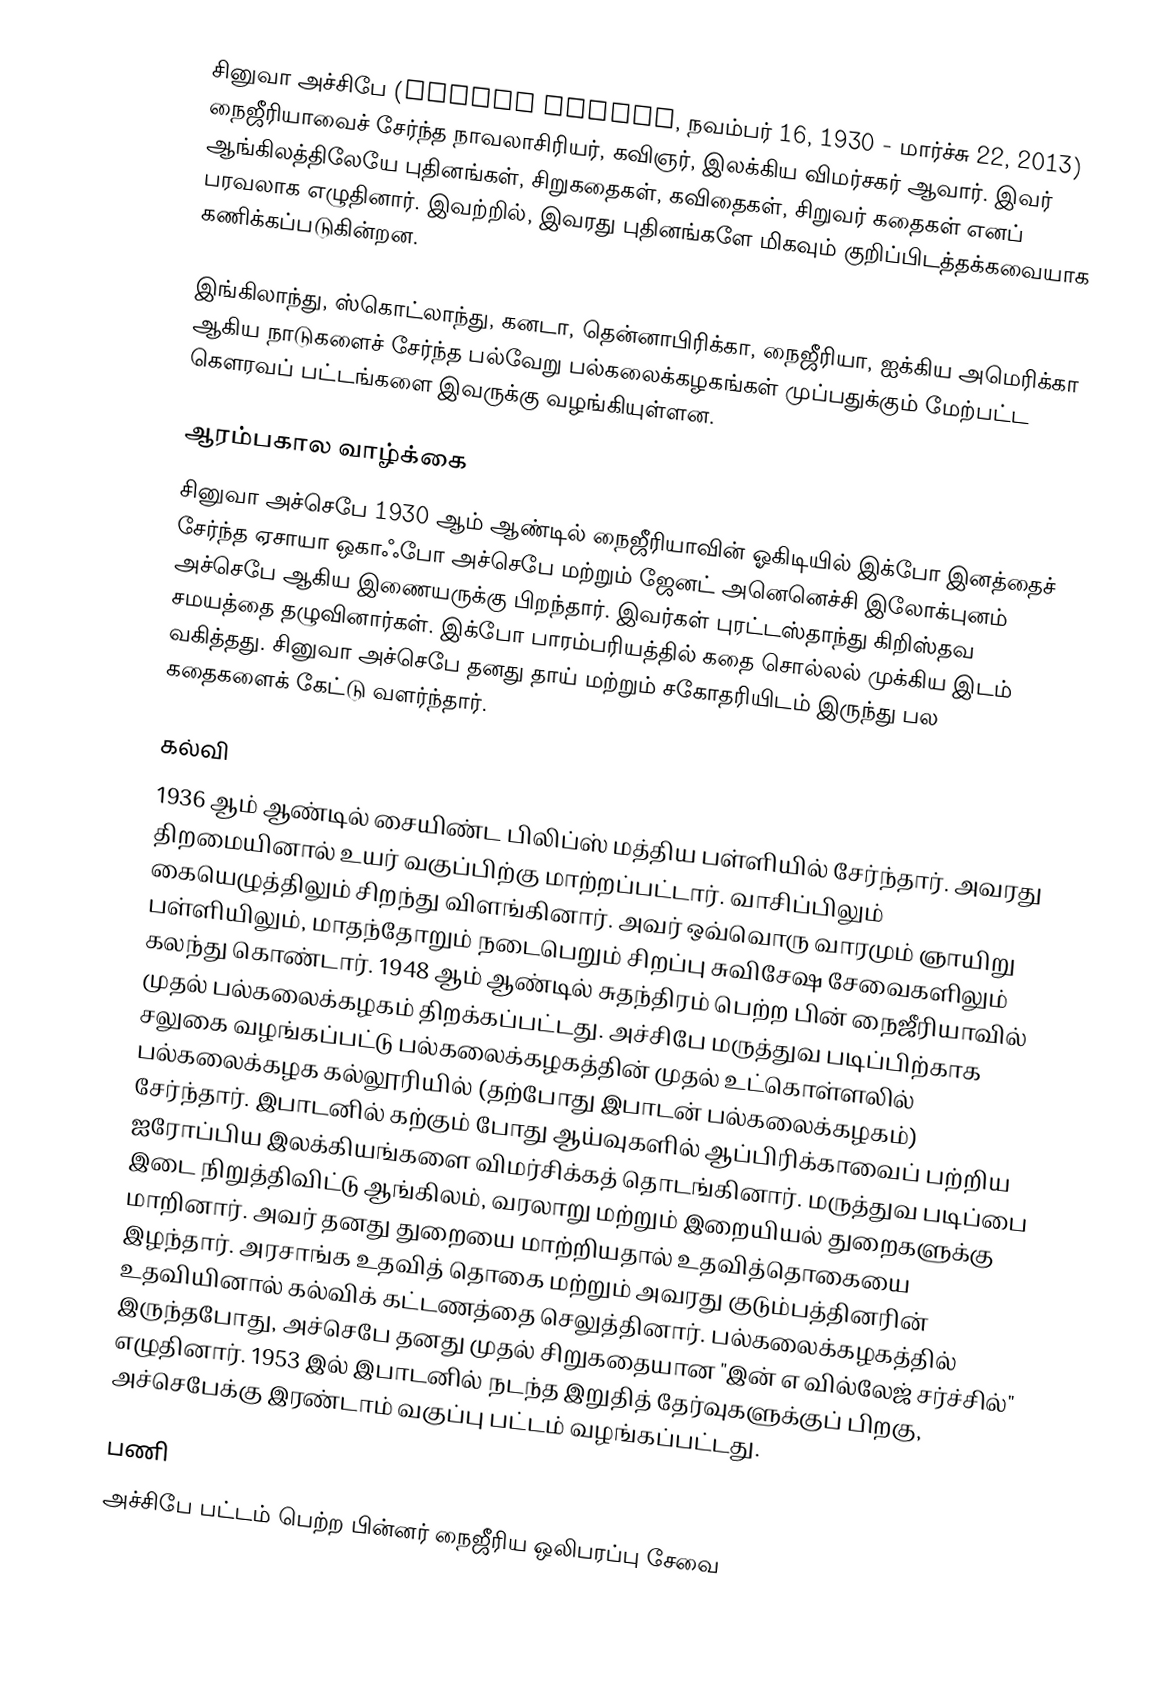
சினுவா அச்சிபே (Chinua Achebe, நவம்பர் 16, 1930 - மார்ச்சு 22, 2013)  நைஜீரியாவைச் சேர்ந்த நாவலாசிரியர், கவிஞர், இலக்கிய விமர்சகர் ஆவார். இவர் ஆங்கிலத்திலேயே புதினங்கள், சிறுகதைகள், கவிதைகள், சிறுவர் கதைகள் எனப் பரவலாக எழுதினார். இவற்றில், இவரது புதினங்களே மிகவும் குறிப்பிடத்தக்கவையாக கணிக்கப்படுகின்றன.

இங்கிலாந்து, ஸ்கொட்லாந்து, கனடா, தென்னாபிரிக்கா, நைஜீரியா, ஐக்கிய அமெரிக்கா ஆகிய நாடுகளைச் சேர்ந்த பல்வேறு பல்கலைக்கழகங்கள் முப்பதுக்கும் மேற்பட்ட கௌரவப் பட்டங்களை இவருக்கு வழங்கியுள்ளன.

ஆரம்பகால வாழ்க்கை
சினுவா அச்செபே 1930 ஆம் ஆண்டில் நைஜீரியாவின் ஓகிடியில் இக்போ இனத்தைச் சேர்ந்த ஏசாயா ஒகாஃபோ அச்செபே மற்றும் ஜேனட் அனெனெச்சி இலோக்புனம் அச்செபே ஆகிய இணையருக்கு பிறந்தார். இவர்கள் புரட்டஸ்தாந்து கிறிஸ்தவ சமயத்தை தழுவினார்கள். இக்போ பாரம்பரியத்தில் கதை சொல்லல் முக்கிய இடம் வகித்தது. சினுவா அச்செபே தனது தாய் மற்றும் சகோதரியிடம் இருந்து பல கதைகளைக் கேட்டு வளர்ந்தார்.

கல்வி
1936 ஆம் ஆண்டில் சையிண்ட பிலிப்ஸ் மத்திய பள்ளியில் சேர்ந்தார். அவரது திறமையினால் உயர் வகுப்பிற்கு மாற்றப்பட்டார். வாசிப்பிலும் கையெழுத்திலும் சிறந்து விளங்கினார். அவர் ஒவ்வொரு வாரமும் ஞாயிறு பள்ளியிலும், மாதந்தோறும் நடைபெறும் சிறப்பு சுவிசேஷ சேவைகளிலும் கலந்து கொண்டார். 1948 ஆம் ஆண்டில் சுதந்திரம் பெற்ற பின் நைஜீரியாவில் முதல் பல்கலைக்கழகம் திறக்கப்பட்டது. அச்சிபே மருத்துவ படிப்பிற்காக சலுகை வழங்கப்பட்டு பல்கலைக்கழகத்தின் முதல் உட்கொள்ளலில் பல்கலைக்கழக கல்லூரியில் (தற்போது இபாடன் பல்கலைக்கழகம்) சேர்ந்தார். இபாடனில் கற்கும் போது ஆய்வுகளில் ஆப்பிரிக்காவைப் பற்றிய ஐரோப்பிய இலக்கியங்களை விமர்சிக்கத் தொடங்கினார். மருத்துவ படிப்பை இடை நிறுத்திவிட்டு ஆங்கிலம், வரலாறு மற்றும் இறையியல் துறைகளுக்கு மாறினார். அவர் தனது துறையை மாற்றியதால் உதவித்தொகையை இழந்தார். அரசாங்க உதவித் தொகை மற்றும் அவரது குடும்பத்தினரின் உதவியினால் கல்விக் கட்டணத்தை செலுத்தினார். பல்கலைக்கழகத்தில் இருந்தபோது, அச்செபே தனது முதல் சிறுகதையான "இன் எ வில்லேஜ் சர்ச்சில்" எழுதினார். 1953 இல் இபாடனில் நடந்த இறுதித் தேர்வுகளுக்குப் பிறகு, அச்செபேக்கு இரண்டாம் வகுப்பு பட்டம் வழங்கப்பட்டது.

பணி
அச்சிபே பட்டம் பெற்ற பின்னர் நைஜீரிய ஒலிபரப்பு சேவை